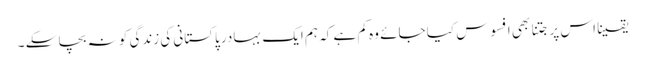
یقینا اس پر جتنا بھی افسوس کیا جائے وہ کم ہے کہ ہم ایک بہادر پاکستانی کی زندگی کو نہ بچا سکے ۔